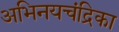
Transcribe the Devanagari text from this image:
अभिनयचंद्रिका